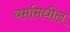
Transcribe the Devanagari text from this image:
बर्मामधील